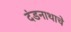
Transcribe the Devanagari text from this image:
दंडनाथाचे